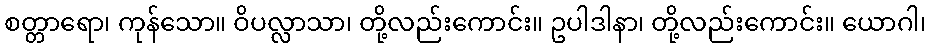
စတ္တာရော၊ ကုန်သော။ ဝိပလ္လာသာ၊ တို့လည်းကောင်း။ ဥပါဒါနာ၊ တို့လည်းကောင်း။ ယောဂါ၊